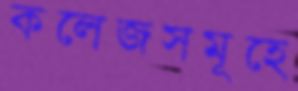
কলেজসমূহে